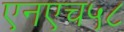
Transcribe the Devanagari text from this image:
एनएच५८